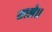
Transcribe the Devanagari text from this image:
साले।।